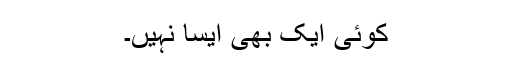
کوئی ایک بھی ایسا نہیں۔